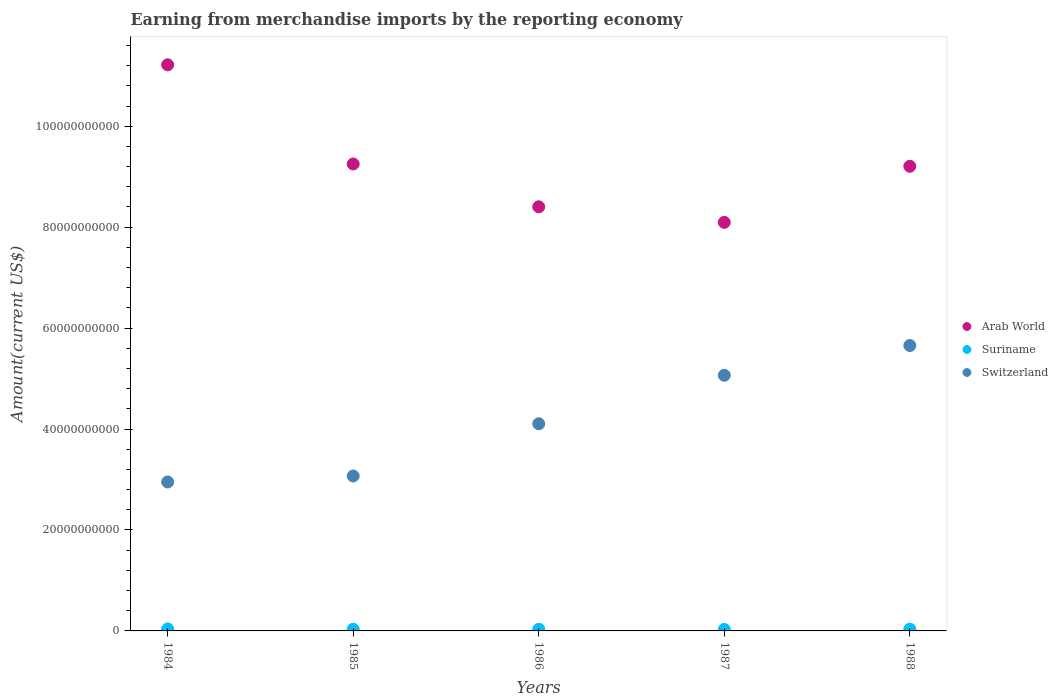
| Years | Arab World | Suriname | Switzerland |
 | --- | --- | --- | --- |
 | 1984 | 1.12e+11 | 3.89e+08 | 2.95e+10 |
 | 1985 | 9.25e+10 | 3.29e+08 | 3.07e+10 |
 | 1986 | 8.4e+10 | 3.28e+08 | 4.1e+10 |
 | 1987 | 8.1e+10 | 2.95e+08 | 5.06e+10 |
 | 1988 | 9.21e+10 | 3.51e+08 | 5.65e+10 |